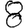
Digit: 8